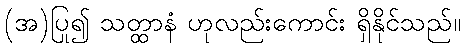
(အ)ပြု၍ သတ္ထာနံ ဟုလည်းကောင်း ရှိနိုင်သည်။